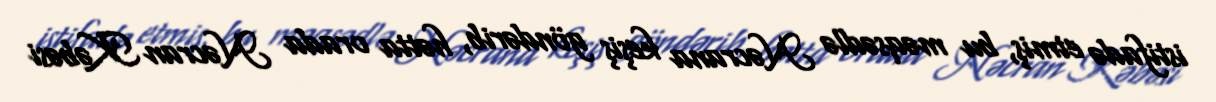
istifadə etmiş, bu məqsədlə Nəcrana keşiş göndərib, hətta orada Nəcran Kəbəsi